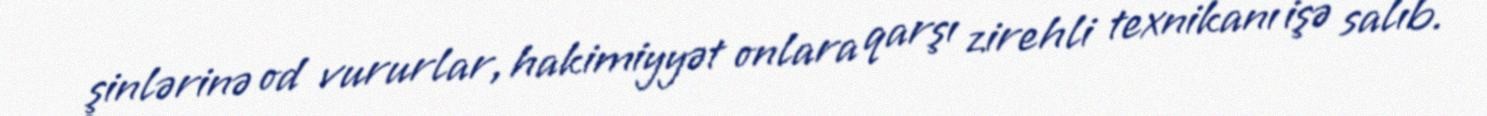
şinlərinə od vururlar, hakimiyyət onlara qarşı zirehli texnikanı işə salıb.